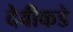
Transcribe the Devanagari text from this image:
देवीकडे